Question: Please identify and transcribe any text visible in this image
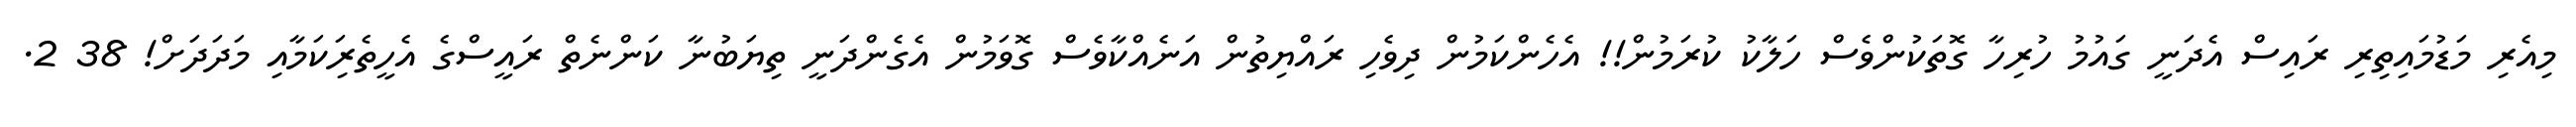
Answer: މިއެރި މަޑުމައިތިރި ރައިސް އެދަނީ ގައުމު ހުރިހާ ގޮތަކުންވެސް ހަލާކު ކުރަމުން!! އެހެންކަމުން ދިވެހި ރައްޔިތުން އަނެއްކާވެސް ގޮވަމުން އެގެންދަނީ ތިޔަބުނާ ކަންނެތް ރައީސްގެ އެހީތެރިަކަމާއި މަދަދަށް! 38 2.